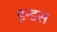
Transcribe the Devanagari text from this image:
इन्‍डस